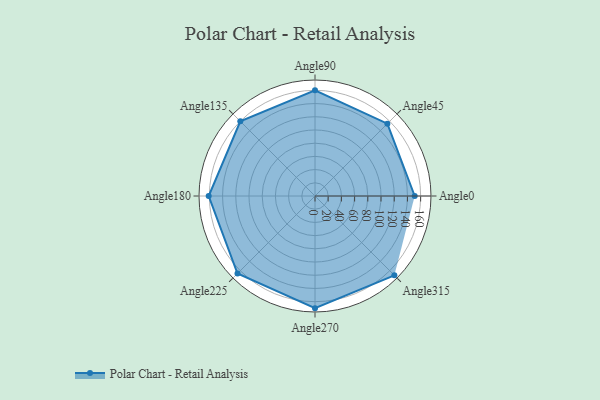
{"axis": {"x": "Angle", "y": "Radius"}, "legend": [""], "data": [{"x": "Angle0", "y": 151.0, "type": ""}, {"x": "Angle45", "y": 155.0, "type": ""}, {"x": "Angle90", "y": 160.0, "type": ""}, {"x": "Angle135", "y": 160.0, "type": ""}, {"x": "Angle180", "y": 161.0, "type": ""}, {"x": "Angle225", "y": 166.0, "type": ""}, {"x": "Angle270", "y": 170, "type": ""}, {"x": "Angle315", "y": 170, "type": ""}]}